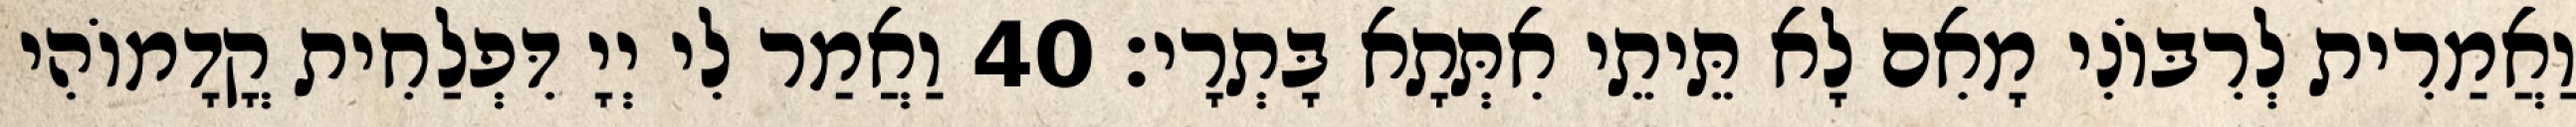
וַאֲמַרִית לְרִבּוֹנִי מָאִם לָא תֵּיתֵי אִתְּתָא בָּתְרָי׃ 40 וַאֲמַר לִי יְיָ דִּפְלַחִית קֳדָמוֹהִי